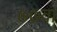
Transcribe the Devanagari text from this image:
७७वा